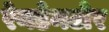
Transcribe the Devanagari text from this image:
रेनडेनटोर